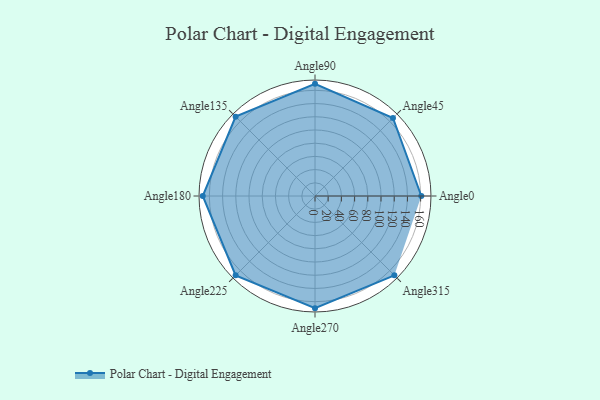
{"axis": {"x": "Angle", "y": "Radius"}, "legend": [""], "data": [{"x": "Angle0", "y": 161.0, "type": ""}, {"x": "Angle45", "y": 167.0, "type": ""}, {"x": "Angle90", "y": 170, "type": ""}, {"x": "Angle135", "y": 170, "type": ""}, {"x": "Angle180", "y": 170, "type": ""}, {"x": "Angle225", "y": 170, "type": ""}, {"x": "Angle270", "y": 170, "type": ""}, {"x": "Angle315", "y": 170, "type": ""}]}